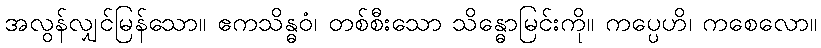
အလွန်လျှင်မြန်သော။ ဧကသိန္ဓဝံ၊ တစ်စီးသော သိန္ဓောမြင်းကို။ ကပ္ပေဟိ၊ ကစေလော။